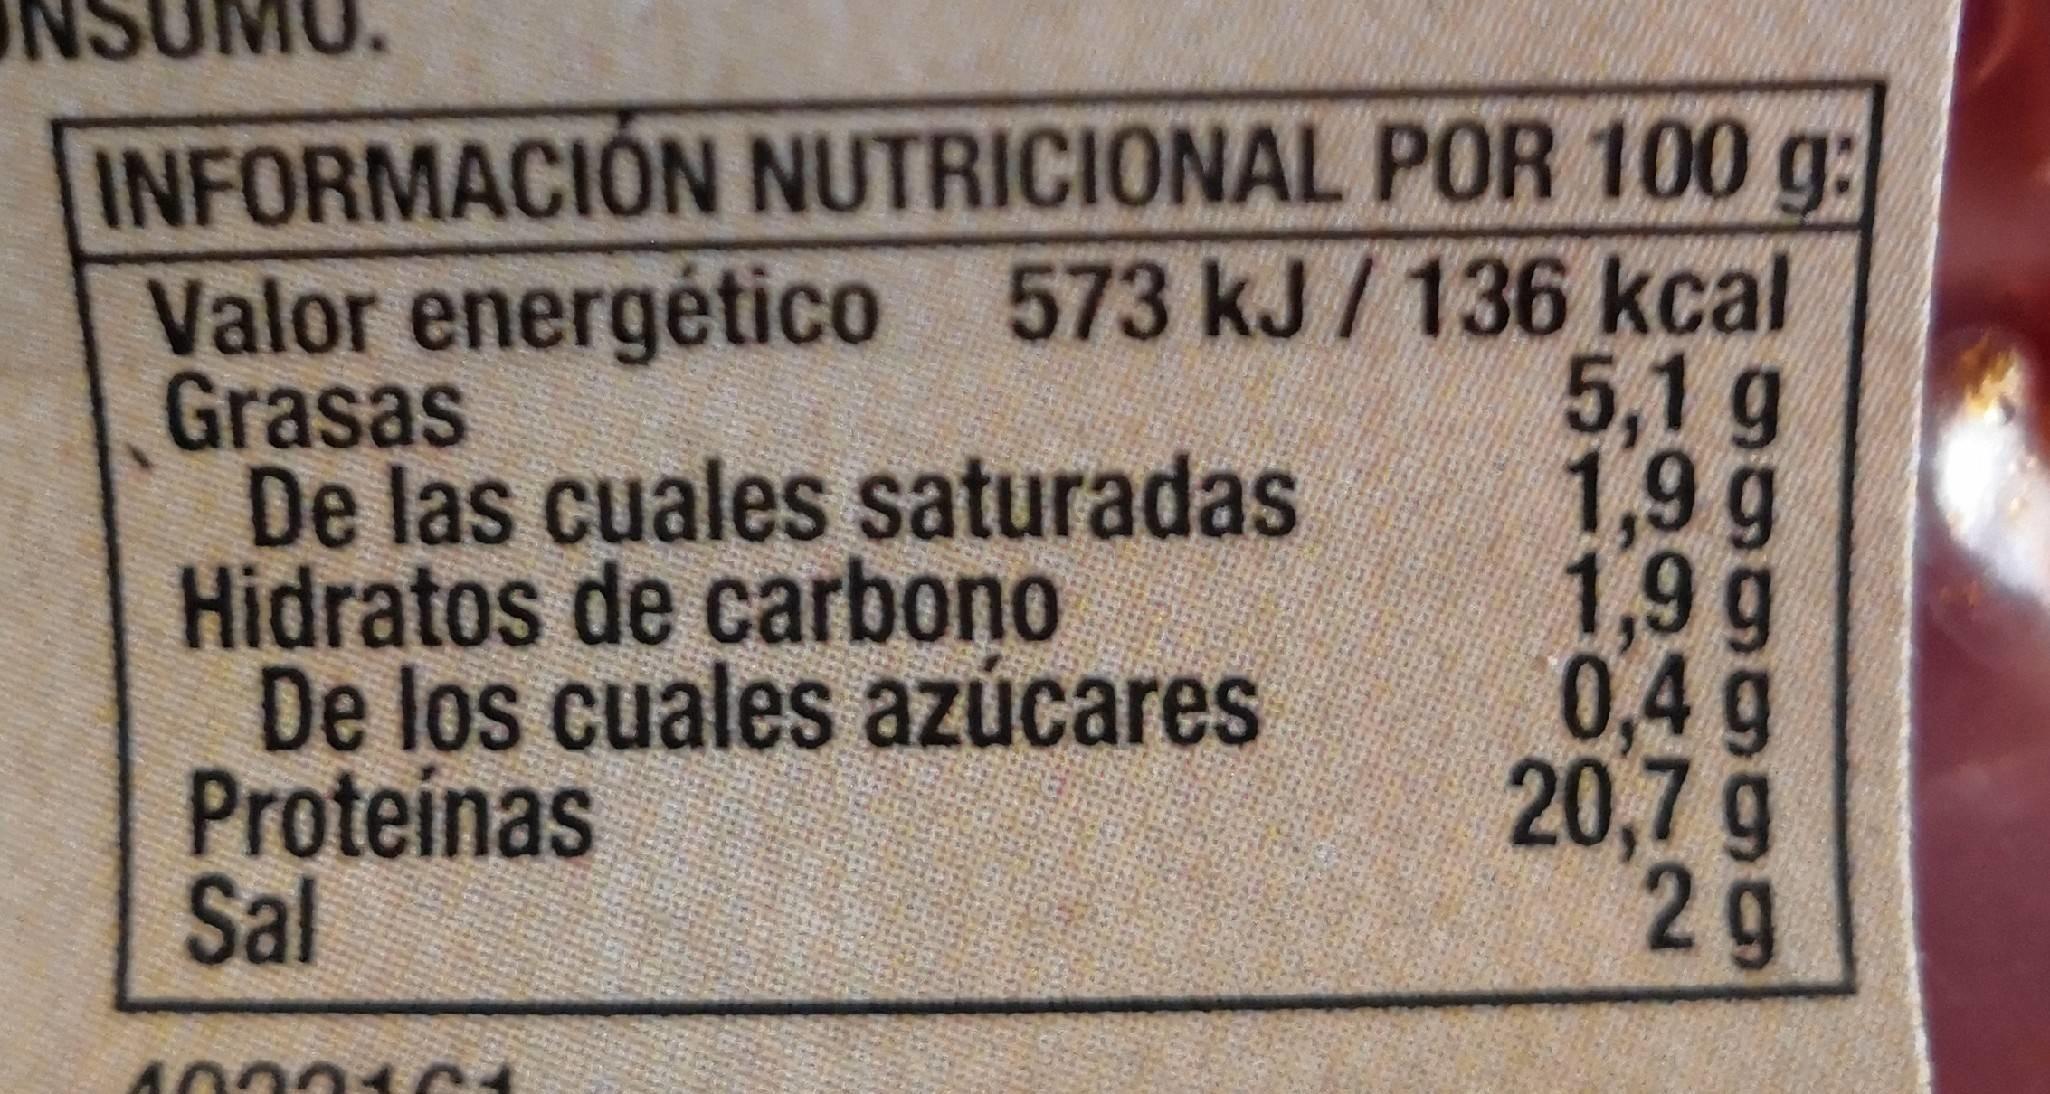
INFORMACIÓN NUTRICIONAL POR 100 g: Valor energético 573 kJ/136 kcal Grasas De las cuales saturadas Hidratos de carbono De los cuales azúcares Proteinas Sal
5,1 g 1,9g 1,9g 0,4 g 20,7 g 2g
1004